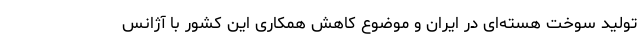
تولید سوخت هسته‌ای در ایران و موضوع کاهش همکاری این کشور با آژانس